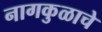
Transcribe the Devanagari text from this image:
नागकुळाचे